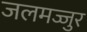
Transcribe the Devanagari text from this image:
जलमज्जुर